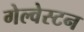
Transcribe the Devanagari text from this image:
गेल्‍वेस्‍टन